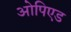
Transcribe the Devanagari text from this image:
ओपिएड